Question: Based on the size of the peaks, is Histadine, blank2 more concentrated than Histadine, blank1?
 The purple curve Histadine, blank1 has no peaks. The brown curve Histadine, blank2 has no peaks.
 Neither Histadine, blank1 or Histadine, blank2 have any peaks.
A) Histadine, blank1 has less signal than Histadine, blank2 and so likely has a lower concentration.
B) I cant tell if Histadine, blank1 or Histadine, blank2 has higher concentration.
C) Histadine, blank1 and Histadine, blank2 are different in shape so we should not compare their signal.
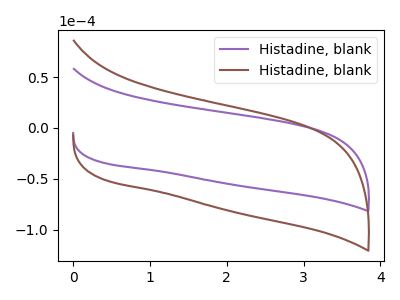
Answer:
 <answer>B) I cant tell if "Histadine, blank1" or "Histadine, blank2" has higher concentration.</answer>
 <eval>B</eval>